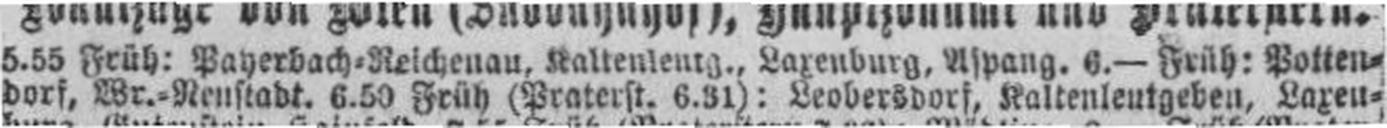
dorf, Wr.=Neustadt. 6.50 Früh (Praterst. 6.31): Leobersdorf, Kaltenleutgeben, Laxen¬